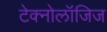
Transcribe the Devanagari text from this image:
टेक्नोलॉजिज